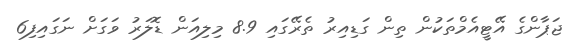
ޖަޕާންގެ އޭޓީއެމްތަކުން ތިން ގަޑިއިރު ތެރޭގައި 8.9 މިލިއަން ޑޮލަރު ވަގަށް ނަގައިފި6